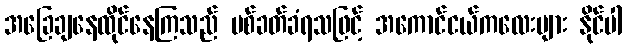
အခြေချနေထိုင်နေကြသည် ပစ်ခတ်ခံရသဖြင့် အကောင်ငယ်ကလေးများ နိုင်ပါ